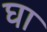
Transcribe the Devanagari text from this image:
घा